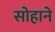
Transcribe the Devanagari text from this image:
सोहाने